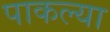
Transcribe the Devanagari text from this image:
पाकल्या